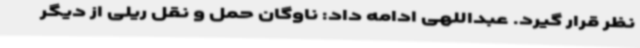
نظر قرار گیرد. عبداللهی ادامه داد: ناوگان حمل و نقل ریلی از دیگر